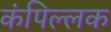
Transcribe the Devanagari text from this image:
कंपिल्लक